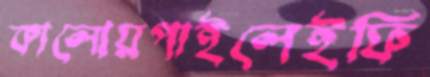
কালোয়পাইলেইফি